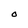
Character: O